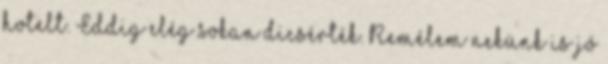
hotelt. Eddig elég sokan dicsérték. Remélem nekünk is jó